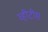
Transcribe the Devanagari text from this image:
व्हीटीस